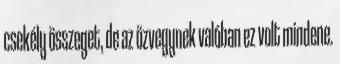
csekély összeget, de az özvegynek valóban ez volt mindene.